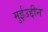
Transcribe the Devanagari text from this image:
मुईउद्दीन